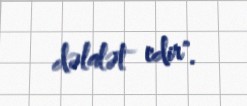
dəlalət edir".